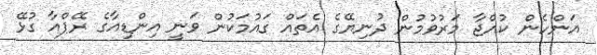
އަންހެން ކުއްޖާ މަރުވުމުން ދުނިޔޭގެ އެތައް ގައުމަކުން ވަނީ އިންޑިއާގެ ރޭޕްއާ ގުޅޭ